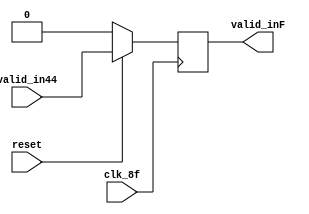
module Otros_flops (
                      input valid_in44,
                      input clk_8f,
                      input reset,
                      output reg valid_inF
                      );

   always @ (posedge clk_8f) begin
      if (!reset) begin
         valid_inF <= 0;
      end else begin
         valid_inF <= valid_in44;
      end
   end

endmodule